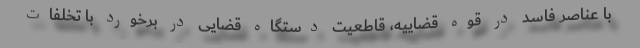
با عناصر فاسد در قوه قضاییه، قاطعیت دستگاه قضایی در برخورد با تخلفات